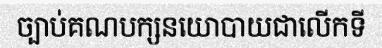
ច្បាប់គណបក្សនយោបាយជាលើកទី